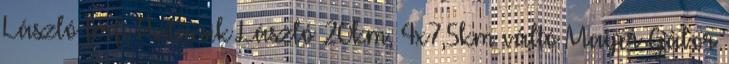
László férfi Palácsik László 20km, 4x7,5km váltó Mayer Gábor